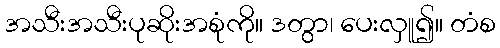
အသီးအသီးပုဆိုးအစုံကို။ ဒတွာ၊ ပေးလှူ၍။ တံစ